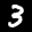
Label: 3